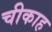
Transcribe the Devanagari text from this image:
चीकाह